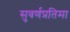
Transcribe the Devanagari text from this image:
सुवर्णप्रतिमा